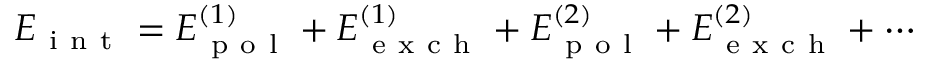
E _ { \mathrm { ~ i ~ n ~ t ~ } } = E _ { \mathrm { ~ p ~ o ~ l ~ } } ^ { ( 1 ) } + E _ { \mathrm { ~ e ~ x ~ c ~ h ~ } } ^ { ( 1 ) } + E _ { \mathrm { ~ p ~ o ~ l ~ } } ^ { ( 2 ) } + E _ { \mathrm { ~ e ~ x ~ c ~ h ~ } } ^ { ( 2 ) } + \cdots